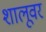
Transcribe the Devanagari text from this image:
शालूवर